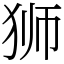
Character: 狮